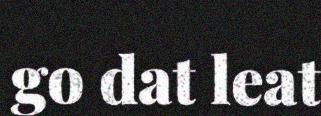
go dat leat